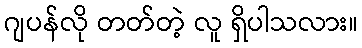
ဂျပန်လို တတ်တဲ့ လူ ရှိပါသလား။